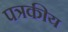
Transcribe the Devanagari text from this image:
पत्रकीय